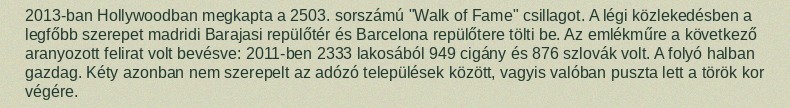
2013-ban Hollywoodban megkapta a 2503. sorszámú "Walk of Fame" csillagot. A légi közlekedésben a legfőbb szerepet madridi Barajasi repülőtér és Barcelona repülőtere tölti be. Az emlékműre a következő aranyozott felirat volt bevésve: 2011-ben 2333 lakosából 949 cigány és 876 szlovák volt. A folyó halban gazdag. Kéty azonban nem szerepelt az adózó települések között, vagyis valóban puszta lett a török kor végére.